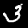
Label: 3